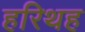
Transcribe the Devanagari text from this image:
हरिथह